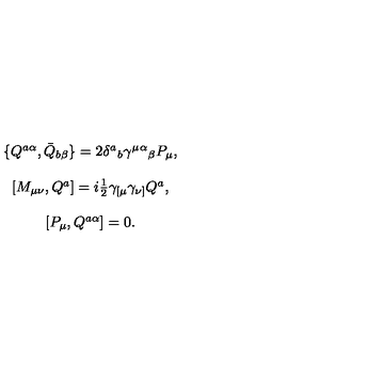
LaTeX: \begin{array} { c } { \{ Q ^ { a \alpha } , \bar { Q } _ { b \beta } \} = 2 \delta ^ { a } { } _ { b } \gamma ^ { \mu } { } ^ { \alpha } { } _ { \beta } P _ { \mu } , } \\ { { } } \\ { { } [ M _ { \mu \nu } , Q ^ { a } ] = i \textstyle { \frac { 1 } { 2 } } \gamma _ { [ \mu } \gamma _ { \nu ] } Q ^ { a } , } \\ { { } } \\ { { } [ { P } _ { \mu } , Q ^ { a \alpha } ] = 0 . } \\ \end{array}